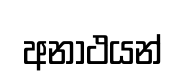
අනාථයන්